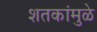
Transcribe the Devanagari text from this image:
शतकांमुळे